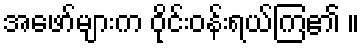
အဖော်များက ဝိုင်းဝန်းရယ်ကြ၏ ။